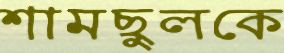
শামছুলকে